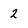
Character: 2